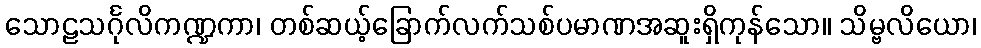
သောဠသင်္ဂုလိကဏ္ဍကာ၊ တစ်ဆယ့်ခြောက်လက်သစ်ပမာဏအဆူးရှိကုန်သော။ သိမ္ဗလိယော၊